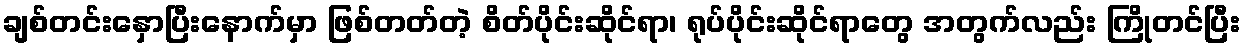
ချစ်တင်းနှောပြီးနောက်မှာ ဖြစ်တတ်တဲ့ စိတ်ပိုင်းဆိုင်ရာ၊ ရုပ်ပိုင်းဆိုင်ရာတွေ အတွက်လည်း ကြိုတင်ပြီး